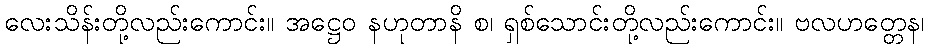
လေးသိန်းတို့လည်းကောင်း။ အဋ္ဌေဝ နဟုတာနိ စ၊ ရှစ်သောင်းတို့လည်းကောင်း။ ဗလဟတ္တေန၊